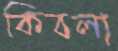
কিবলা